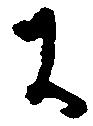
に